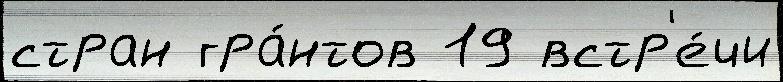
стран гра́нтов 19 встр'е́чи